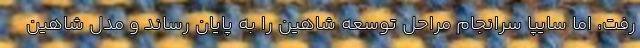
رفت، اما سایپا سرانجام مراحل توسعه شاهین را به پایان رساند و مدل شاهین